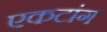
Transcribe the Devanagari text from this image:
एकटांग